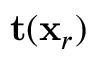
\mathbf { t } ( \mathbf { x } _ { r } )